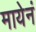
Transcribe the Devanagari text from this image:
मायेनं